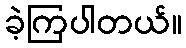
ခဲ့ကြပါတယ်။